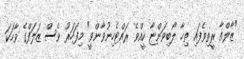
"ޒާލްއާ ރީތިވެފައި ތިހާ ލޯބިވަންޏާ ކީއްވެ ރައްޓެހިނުވާންވީ" މިފަހަރު ވެސް ޒަލަފްގެ ވާހަކަ